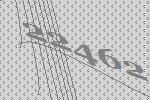
22462